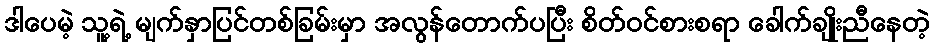
ဒါပေမဲ့ သူ့ရဲ့ မျက်နှာပြင်တစ်ခြမ်းမှာ အလွန်တောက်ပပြီး စိတ်ဝင်စားစရာ ခေါက်ချိုးညီနေတဲ့